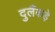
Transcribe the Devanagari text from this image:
दुलैंकड़े